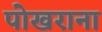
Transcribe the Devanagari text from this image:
पोखराना